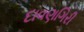
દાવણગિરી